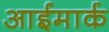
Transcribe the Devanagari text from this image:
आईमार्क